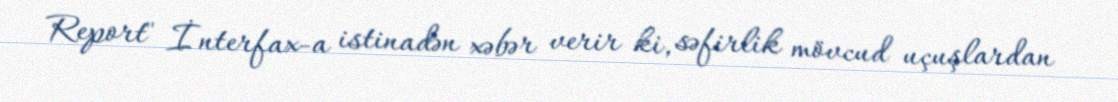
Report" İnterfax-a istinadən xəbər verir ki, səfirlik mövcud uçuşlardan